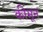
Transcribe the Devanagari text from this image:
कीमून